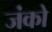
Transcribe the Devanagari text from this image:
जंको